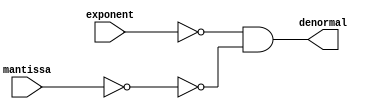
module denormal(exponent, mantissa, denormal);
    input wire [7:0] exponent;
    input wire [22:0] mantissa;
    output wire denormal; // 1 if it is denormalized

    assign denormal = (exponent == 8'd0) & ~(mantissa == 23'd0);
endmodule